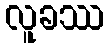
လူခဿ